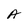
Character: A